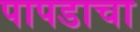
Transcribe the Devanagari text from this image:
पापडाचा